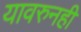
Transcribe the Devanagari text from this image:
यावरुनही